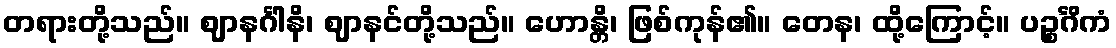
တရားတို့သည်။ ဈာနင်္ဂါနိ၊ ဈာနင်တို့သည်။ ဟောန္တိ၊ ဖြစ်ကုန်၏။ တေန၊ ထို့ကြောင့်။ ပဉ္စင်္ဂိကံ